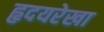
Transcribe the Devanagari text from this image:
हृदयरेखा